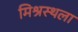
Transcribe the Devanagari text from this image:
मिश्रस्थला